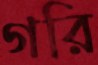
গরি